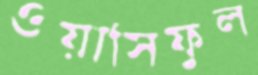
ওয়াসিফুল